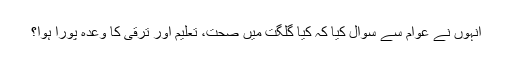
انہوں نے عوام سے سوال کیا کہ کیا گلگت میں صحت، تعلیم اور ترقی کا وعدہ پورا ہوا؟